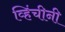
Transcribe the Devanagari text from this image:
व्हिंचीनी